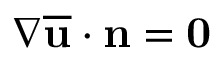
\nabla \mathbf { \overline { { u } } } \cdot \mathbf { n } = \mathbf { 0 }